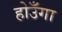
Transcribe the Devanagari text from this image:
होउँगा